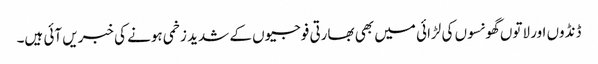
ڈنڈوں اور لاتوں گھونسوں کی لڑائی میں بھی بھارتی فوجیوں کے شدید زخمی ہونے کی خبریں آئی ہیں۔